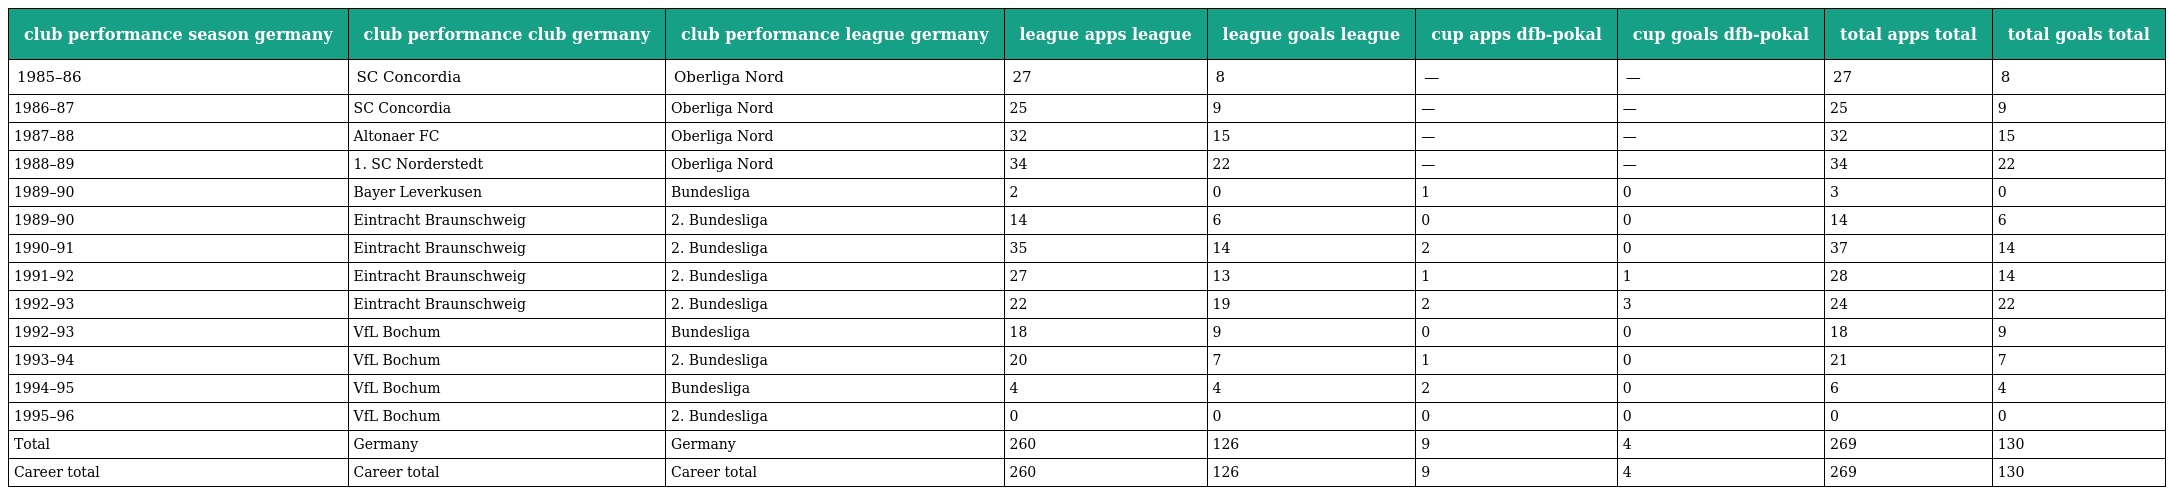
| club performance season germany | club performance club germany | club performance league germany | league apps league | league goals league | cup apps dfb-pokal | cup goals dfb-pokal | total apps total | total goals total |
 | --- | --- | --- | --- | --- | --- | --- | --- | --- |
 | 1985–86 | SC Concordia | Oberliga Nord | 27 | 8 | — | — | 27 | 8 |
 | 1986–87 | SC Concordia | Oberliga Nord | 25 | 9 | — | — | 25 | 9 |
 | 1987–88 | Altonaer FC | Oberliga Nord | 32 | 15 | — | — | 32 | 15 |
 | 1988–89 | 1. SC Norderstedt | Oberliga Nord | 34 | 22 | — | — | 34 | 22 |
 | 1989–90 | Bayer Leverkusen | Bundesliga | 2 | 0 | 1 | 0 | 3 | 0 |
 | 1989–90 | Eintracht Braunschweig | 2. Bundesliga | 14 | 6 | 0 | 0 | 14 | 6 |
 | 1990–91 | Eintracht Braunschweig | 2. Bundesliga | 35 | 14 | 2 | 0 | 37 | 14 |
 | 1991–92 | Eintracht Braunschweig | 2. Bundesliga | 27 | 13 | 1 | 1 | 28 | 14 |
 | 1992–93 | Eintracht Braunschweig | 2. Bundesliga | 22 | 19 | 2 | 3 | 24 | 22 |
 | 1992–93 | VfL Bochum | Bundesliga | 18 | 9 | 0 | 0 | 18 | 9 |
 | 1993–94 | VfL Bochum | 2. Bundesliga | 20 | 7 | 1 | 0 | 21 | 7 |
 | 1994–95 | VfL Bochum | Bundesliga | 4 | 4 | 2 | 0 | 6 | 4 |
 | 1995–96 | VfL Bochum | 2. Bundesliga | 0 | 0 | 0 | 0 | 0 | 0 |
 | Total | Germany | Germany | 260 | 126 | 9 | 4 | 269 | 130 |
 | Career total | Career total | Career total | 260 | 126 | 9 | 4 | 269 | 130 |